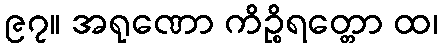
၉၇။ အရုဏော ကိဉ္စိရတ္တော ထ၊